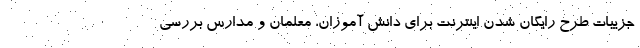
جزییات طرح رایگان شدن اینترنت برای دانش آموزان، معلمان و مدارس بررسی